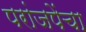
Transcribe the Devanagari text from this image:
परांजपेंचा